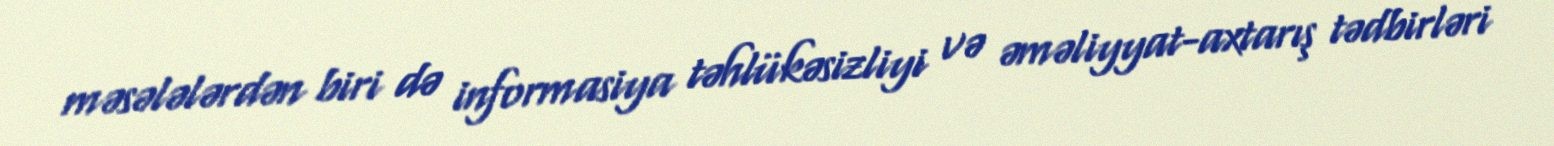
məsələlərdən biri də informasiya təhlükəsizliyi və əməliyyat-axtarış tədbirləri